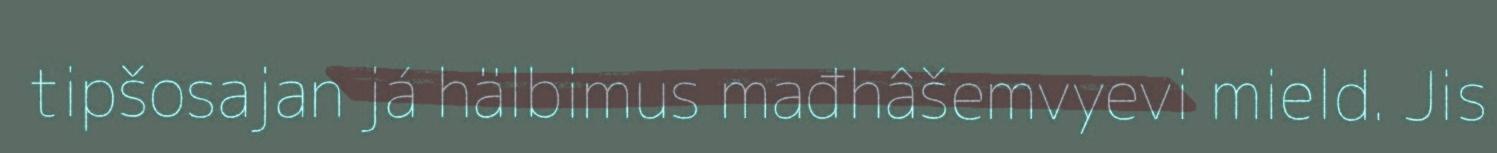
tipšosajan já hälbimus mađhâšemvyevi mield. Jis